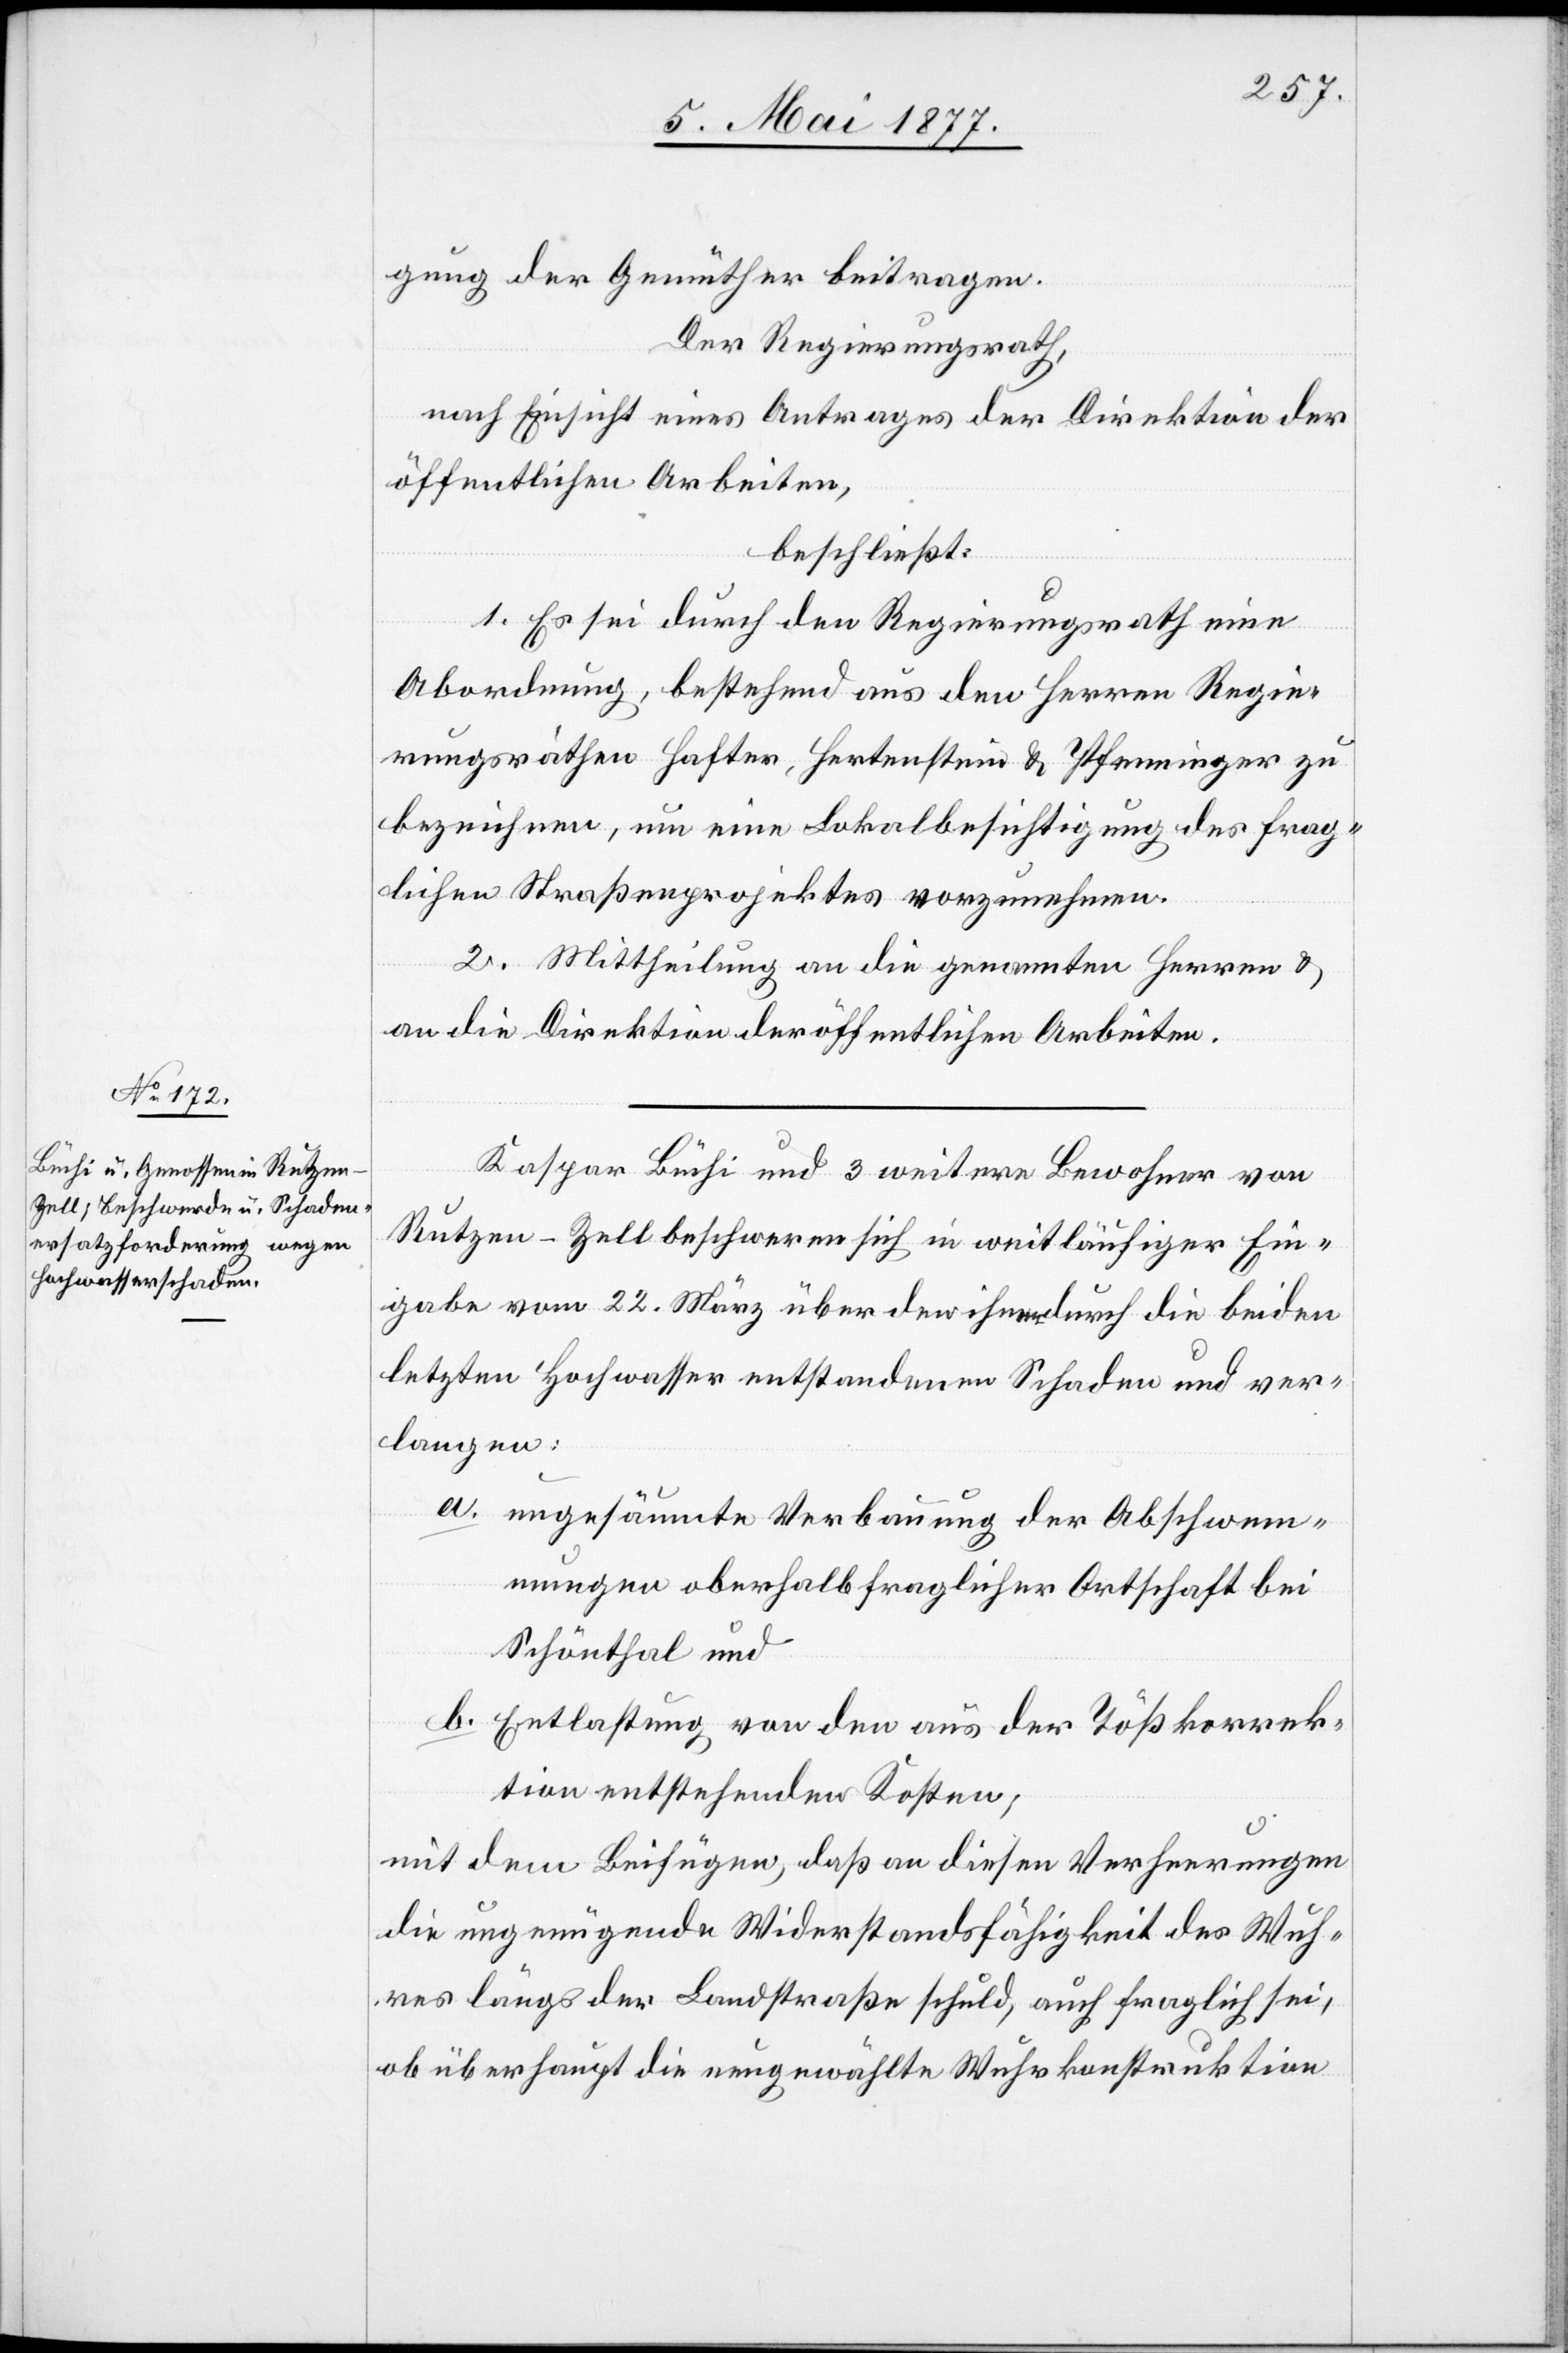
gung der Gemüther beitragen.
Der Regierungsrath,
nach Einsicht eines Antrages der Direktion der
öffentlichen Arbeiten,
beschließt:
1. Es sei durch den Regierungsrath eine
Abordnung, bestehend aus den Herren Regie¬
rungsräthen Hafter, Hertenstein & Pfenninger zu
bezeichnen, um eine Lokalbesichtigung des frag¬
lichen Straßenprojektes vorzunehmen.
2. Mittheilung an die genannten Herren &
an die Direktion der öffentlichen Arbeiten.
Kaspar Büchi und 3 weitere Bewohner von
Rutzen - Zell beschweren sich in weitläufiger Ein¬
gabe vom 22. März über den ihnen durch die beiden
letzten Hochwasser entstandenen Schaden und ver¬
langen:
a. ungesäumte Verbauung der Abschwem¬
mungen oberhalb fraglicher Ortschaft bei
Schönthal und
b. Entlastung von den aus der Tößkorrek¬
tion entstehenden Kosten;
mit dem Beifügen, daß an diesen Verheerungen
die ungenügende Widerstandsfähigkeit des Wuh¬
res längs der Landstraße schuld, auch fraglich sei,
ob überhaupt die neugewählte Wuhrkonstruktion